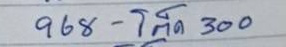
968 - โต๊ด 300